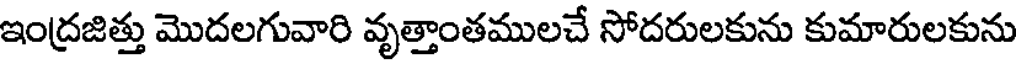
ఇంద్రజిత్తు మొదలగువారి వృత్తాంతములచే సోదరులకును కుమారులకును